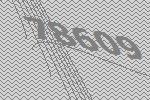
78609